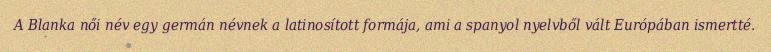
A Blanka női név egy germán névnek a latinosított formája, ami a spanyol nyelvből vált Európában ismertté.